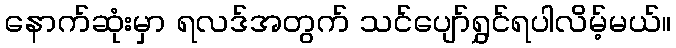
နောက်ဆုံးမှာ ရလဒ်အတွက် သင်ပျော်ရွှင်ရပါလိမ့်မယ်။